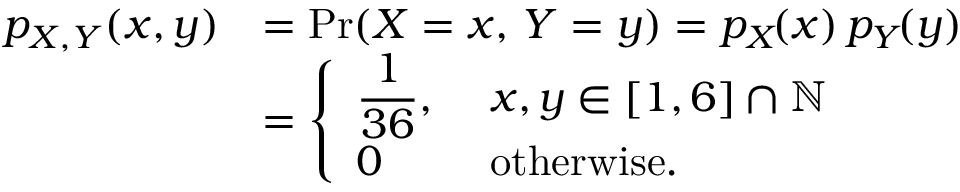
{ \begin{array} { r l } { p _ { X , Y } \! \left( x , y \right) } & { = \operatorname* { P r } ( X = x , \, Y = y ) = p _ { X } \! ( x ) \, p _ { Y } \! ( y ) } \\ & { = { \left\{ \begin{array} { l l } { \displaystyle { \frac { 1 } { 3 6 } } , \ } & { x , y \in [ 1 , 6 ] \cap \mathbb { N } } \\ { 0 } & { { \mathrm { o t h e r w i s e . } } } \end{array} \right. } } \end{array} }